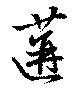
逅